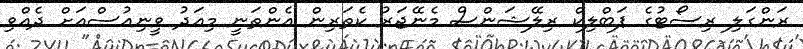
ރަންގަލި ރިސޯޓުގެ ޕަބްލިކް ރިލޭޝަންސް މެނޭޖަރު ކެތަރިން އެންތަނީ މިއަދު ވީނިއުސްއަށް ދެއްވި